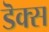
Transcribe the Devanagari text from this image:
डॆक्स